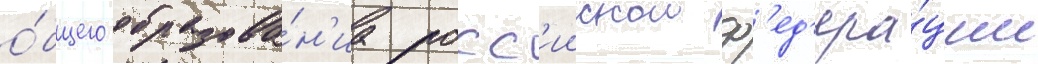
о́бщего образова́н'иа росс'иискои ф'ед'ера́ции